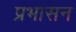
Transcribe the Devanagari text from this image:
प्रभासन